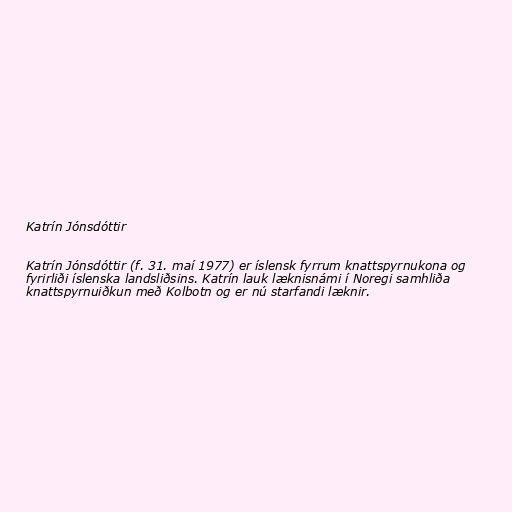
Katrín Jónsdóttir

Katrín Jónsdóttir (f. 31. maí 1977) er íslensk fyrrum knattspyrnukona og
fyrirliði íslenska landsliðsins. Katrín lauk læknisnámi í Noregi samhliða
knattspyrnuiðkun með Kolbotn og er nú starfandi læknir.